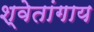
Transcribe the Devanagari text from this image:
श्वेतांगाय